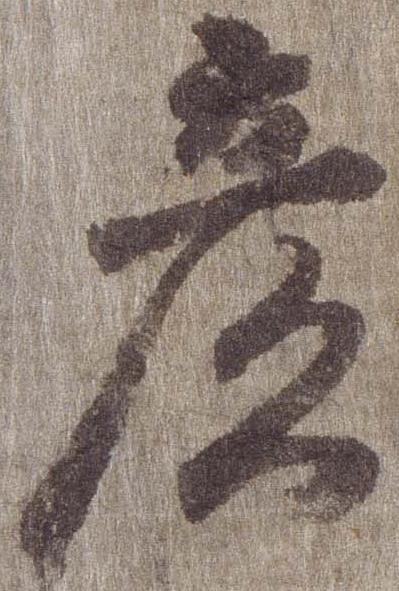
彦